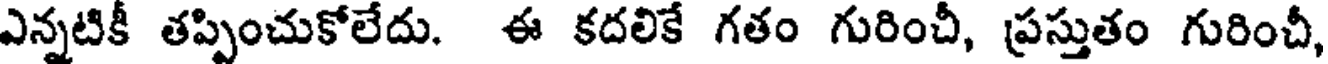
ఎన్నటికీ తప్పించుకోలేదు. ఈ కదలికే గతం గురించీ, ప్రస్తుతం గురించీ,